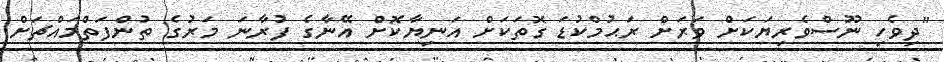
"ދިވެހި ނޫސްވެރިޔަކަށް ވަރަށް ރަޙުމްކުޑަ ގޮތަކަށް އަނިޔާކޮށް އޭނާގެ ފުރާނަ މަރުގެ ތުންފަތްމައްޗަށް